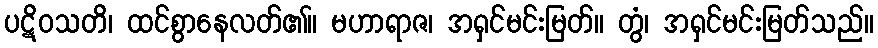
ပဋိဝသတိ၊ ထင်စွာနေလတ်၏။ မဟာရာဇ၊ အရှင်မင်းမြတ်။ တွံ၊ အရှင်မင်းမြတ်သည်။